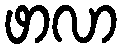
ဖာလာ